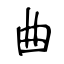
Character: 曲